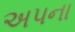
અપના